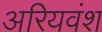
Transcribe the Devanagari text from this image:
अरियवंश